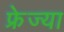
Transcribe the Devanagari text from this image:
फ्रेज्या